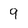
Character: 9